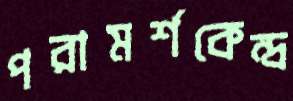
পরামর্শকেন্দ্র